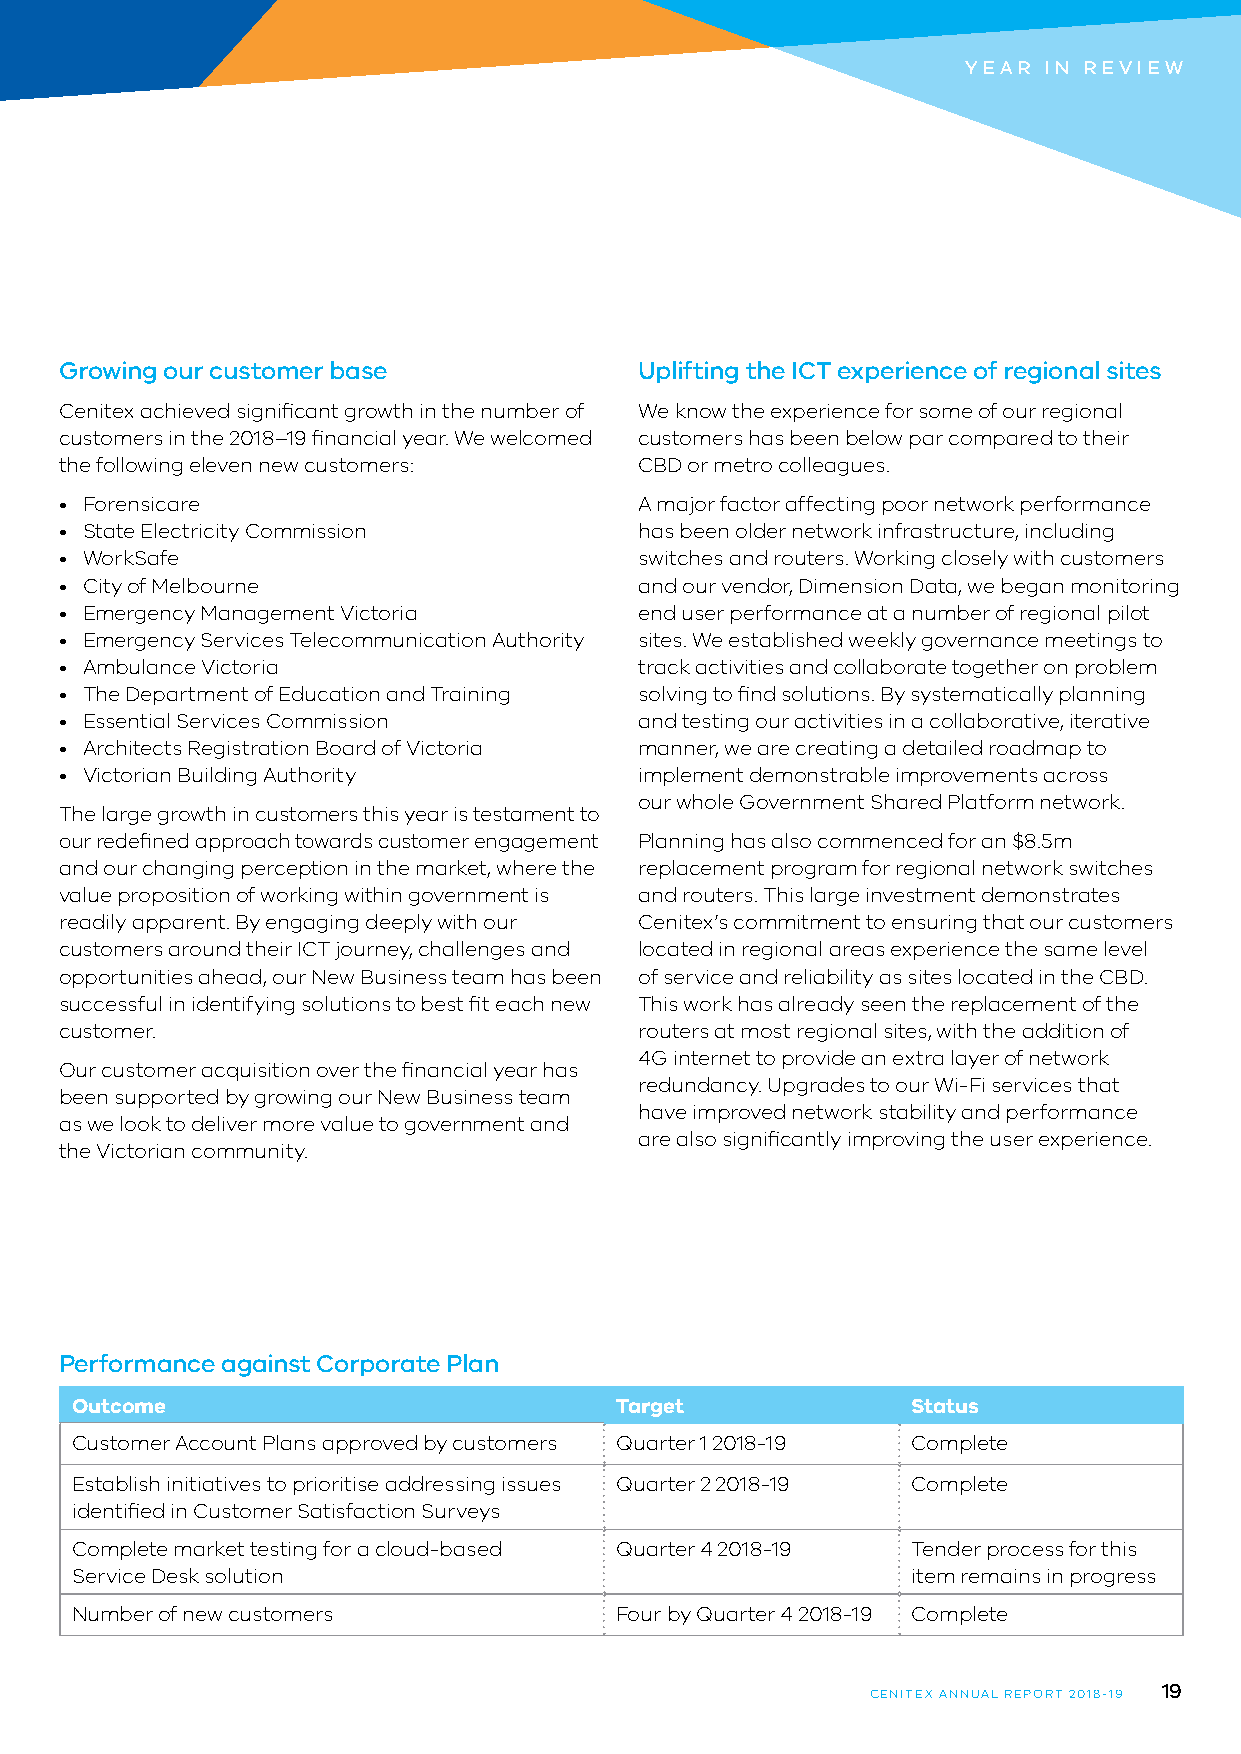
YEAR IN REVIEW
 Growing our customer base             Uplifting the ICT experience of regional sites
 Cenitex achieved significant growth in the number of We know the experience for some of our regional
 customers in the 2018–19 financial year. We welcomed customers has been below par compared to their
 the following eleven new customers:   CBD or metro colleagues.
 • Forensicare                         A major factor affecting poor network performance
 • State Electricity Commission        has been older network infrastructure, including
 • WorkSafe                            switches and routers. Working closely with customers
 • City of Melbourne                   and our vendor, Dimension Data, we began monitoring
 • Emergency Management Victoria       end user performance at a number of regional pilot
 • Emergency Services Telecommunication Authority sites. We established weekly governance meetings to
 • Ambulance Victoria                  track activities and collaborate together on problem
 • The Department of Education and Training solving to find solutions. By systematically planning
 • Essential Services Commission       and testing our activities in a collaborative, iterative
 • Architects Registration Board of Victoria manner, we are creating a detailed roadmap to
 • Victorian Building Authority        implement demonstrable improvements across
 our whole Government Shared Platform network.
 The large growth in customers this year is testament to
 our redefined approach towards customer engagement Planning has also commenced for an $8.5m
 and our changing perception in the market, where the replacement program for regional network switches
 value proposition of working within government is and routers. This large investment demonstrates
 readily apparent. By engaging deeply with our Cenitex’s commitment to ensuring that our customers
 customers around their ICT journey, challenges and located in regional areas experience the same level
 opportunities ahead, our New Business team has been of service and reliability as sites located in the CBD.
 successful in identifying solutions to best fit each new This work has already seen the replacement of the
 customer.                             routers at most regional sites, with the addition of
 4G internet to provide an extra layer of network
 Our customer acquisition over the financial year has
 redundancy. Upgrades to our Wi-Fi services that
 been supported by growing our New Business team
 have improved network stability and performance
 as we look to deliver more value to government and
 are also significantly improving the user experience.
 the Victorian community.
 Performance against Corporate Plan
 Outcome                             Target             Status
 Customer Account Plans approved by customers Quarter 1 2018-19 Complete
 Establish initiatives to prioritise addressing issues Quarter 2 2018-19 Complete
 identified in Customer Satisfaction Surveys
 Complete market testing for a cloud-based Quarter 4 2018-19 Tender process for this
 Service Desk solution                                  item remains in progress
 Number of new customers             Four by Quarter 4 2018-19 Complete
 19
 CENITEX ANNUAL REPORT 2018-19